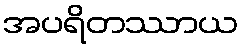
အပရိတဿာယ